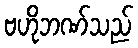
ဗဟိုဘဏ်သည်